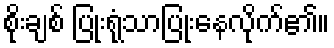
စိုးချစ် ပြုံးရုံသာပြုံးနေလိုက်၏။